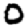
Digit: 0